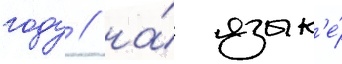
году / на́ язык'е́